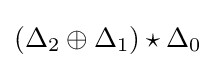
(\Delta _{2}\oplus \Delta _{1})\star \Delta _{0}